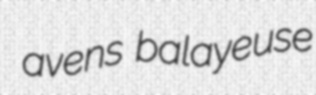
avens balayeuse